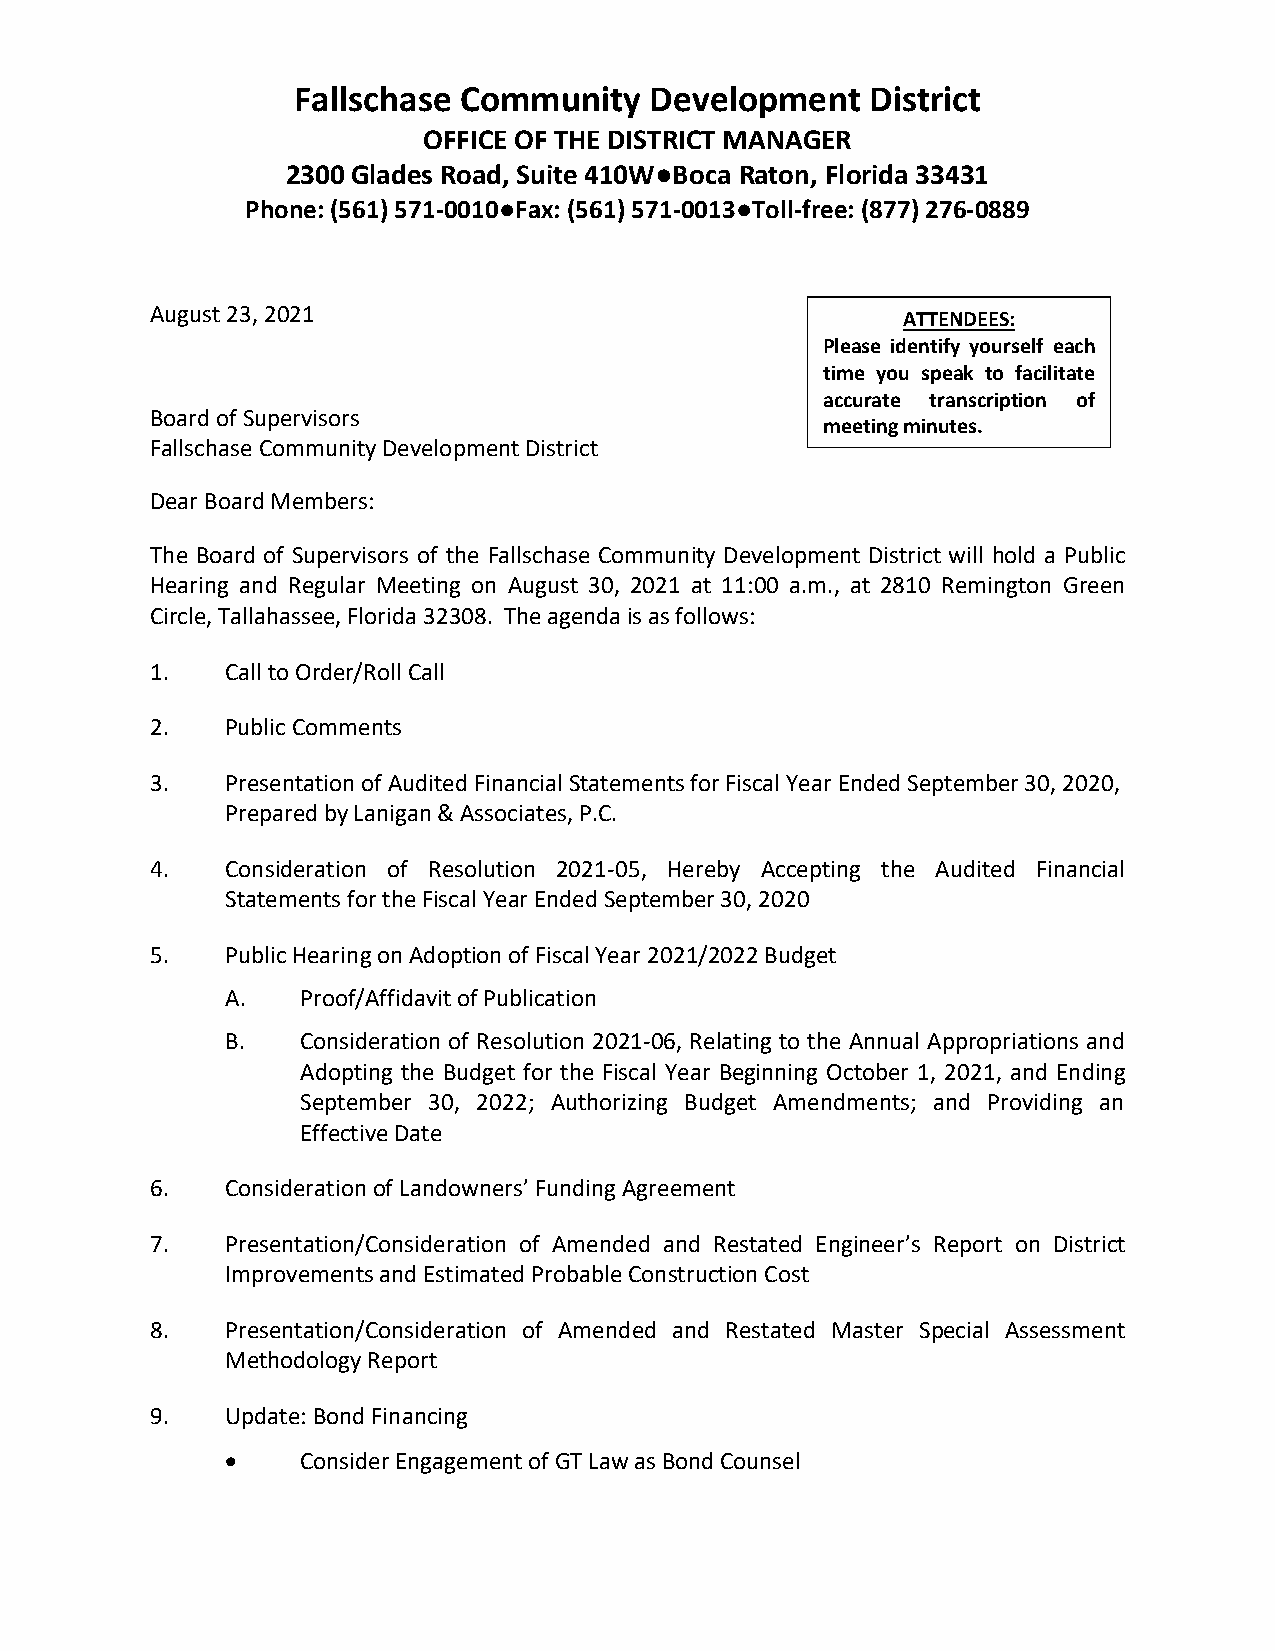
Fallschase Community    Development    District
 OFFICE OF THE DISTRICT MANAGER
 2300 Glades Road, Suite 410W●Boca Raton, Florida 33431
 Phone: (561) 571-0010●Fax: (561) 571-0013●Toll-free: (877) 276-0889
 August 23, 2021
 ATTENDEES:
 Please identify yourself each
 time you speak to facilitate
 accurate transcription of
 Board of Supervisors
 meeting minutes.
 Fallschase Community Development District
 Dear Board Members:
 The Board of Supervisors of the Fallschase Community Development District will hold a Public
 Hearing and Regular Meeting on August 30, 2021 at 11:00 a.m., at 2810 Remington Green
 Circle, Tallahassee, Florida 32308. The agenda is as follows:
 1.   Call to Order/Roll Call
 2.   Public Comments
 3.   Presentation of Audited Financial Statements for Fiscal Year Ended September 30, 2020,
 Prepared by Lanigan & Associates, P.C.
 4.   Consideration of Resolution 2021-05, Hereby Accepting the Audited Financial
 Statements for the Fiscal Year Ended September 30, 2020
 5.   Public Hearing on Adoption of Fiscal Year 2021/2022 Budget
 A.   Proof/Affidavit of Publication
 B.   Consideration of Resolution 2021-06, Relating to the Annual Appropriations and
 Adopting the Budget for the Fiscal Year Beginning October 1, 2021, and Ending
 September 30, 2022; Authorizing Budget Amendments; and Providing an
 Effective Date
 6.   Consideration of Landowners’ Funding Agreement
 7.   Presentation/Consideration of Amended and Restated Engineer’s Report on District
 Improvements and Estimated Probable Construction Cost
 8.   Presentation/Consideration of Amended and Restated Master Special Assessment
 Methodology Report
 9.   Update: Bond Financing
 •    Consider Engagement of GT Law as Bond Counsel